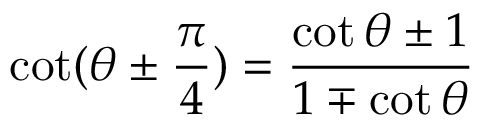
\cot ( \theta \pm { \frac { \pi } { 4 } } ) = { \frac { \cot \theta \pm 1 } { 1 \mp \cot \theta } }